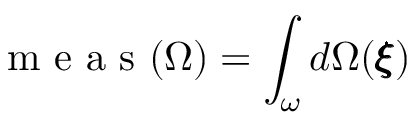
\mathrm { ~ m ~ e ~ a ~ s ~ } ( { \Omega } ) = \int _ { \omega } d \Omega ( { \pmb \xi } )